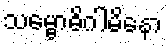
သမ္ဗောဓိဂါမိနော